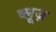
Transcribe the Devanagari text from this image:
व्लूज़